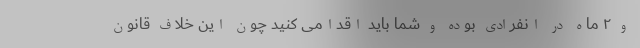
و ۲ ماه در انفرادی بوده و شما باید اقدامی کنید چون این خلاف قانون